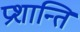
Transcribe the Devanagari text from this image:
प्रशान्ति